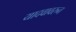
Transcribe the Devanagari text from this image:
यादवावरुन